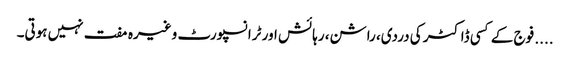
.... فوج کے کسی ڈاکٹر کی دردی، راشن، رہائش اور ٹرانسپورٹ وغیرہ مفت نہیں ہوتی۔